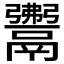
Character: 𩱎